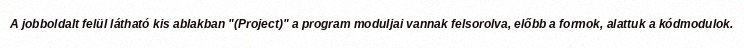
A jobboldalt felül látható kis ablakban "(Project)" a program moduljai vannak felsorolva, előbb a formok, alattuk a kódmodulok.